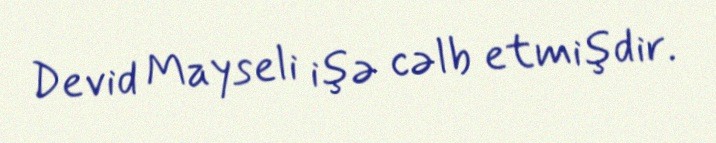
Devid Mayseli işə cəlb etmişdir.